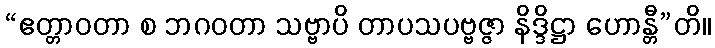
“ဧတ္တာဝတာ စ ဘဂဝတာ သဗ္ဗာပိ တာပသပဗ္ဗဇ္ဇာ နိဒ္ဒိဋ္ဌာ ဟောန္တီ”တိ။